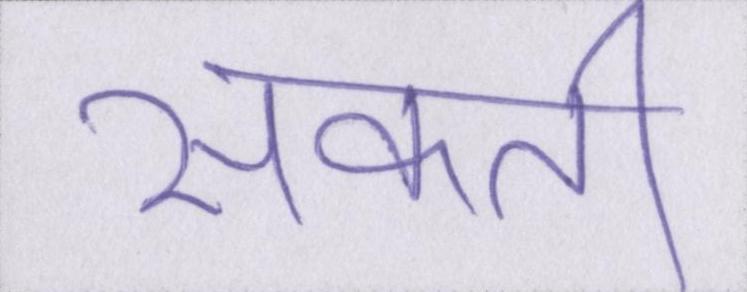
सकती